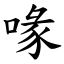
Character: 喙